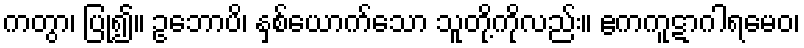
ကတွာ၊ ပြု၍။ ဥဘောပိ၊ နှစ်ယောက်သော သူတို့ကိုလည်း။ ဧကကူဋာဂါရမေဝ၊